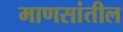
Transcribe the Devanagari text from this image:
माणसांतील